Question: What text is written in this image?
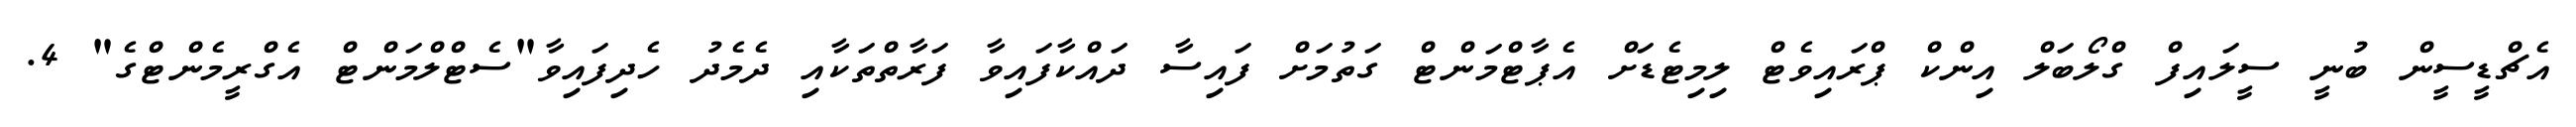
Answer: އެޗްޑީސީން ބުނީ ސީލައިފް ގްލޯބަލް އިންކް ޕްރައިވެޓް ލިމިޓެޑަށް އެޕާޓްމަންޓް ގަތުމަށް ފައިސާ ދައްކާފައިވާ ފަރާތްތަކާއި ދެމެދު ހެދިފައިވާ"ސެޓްލްމަންޓް އެގްރީމެންޓްގެ" 4.